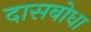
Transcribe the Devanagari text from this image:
दासबोधा